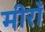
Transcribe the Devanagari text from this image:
मीराँ